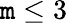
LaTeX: \mathtt{m}\le3